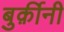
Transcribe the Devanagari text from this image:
बुर्क़ीनी